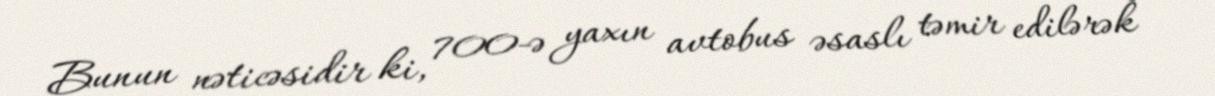
Bunun nəticəsidir ki, 700-ə yaxın avtobus əsaslı təmir edilərək